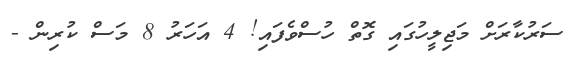
ސަރުކާރަށް މަޖިލީހުގައި ގޮތް ހުސްވެފައި! 4 އަހަރު 8 މަސް ކުރިން -